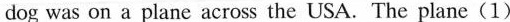
dog was on a plane across the USA.The plane(1)